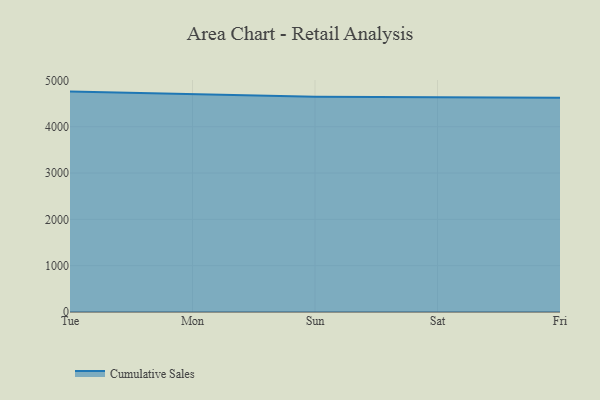
{"axis": {"x": "Day", "y": "Latency (ms)"}, "legend": ["Cumulative Sales"], "data": [{"x": "Tue", "y": 4759.3, "type": "Cumulative Sales"}, {"x": "Mon", "y": 4694.6, "type": "Cumulative Sales"}, {"x": "Sun", "y": 4646.0, "type": "Cumulative Sales"}, {"x": "Sat", "y": 4638.5, "type": "Cumulative Sales"}, {"x": "Fri", "y": 4624.4, "type": "Cumulative Sales"}]}